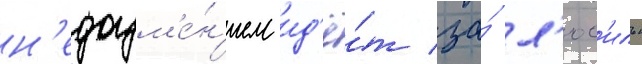
н'едоум'е́н'ием ид'ё́т за́ л'юс'иль